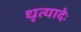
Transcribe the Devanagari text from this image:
धृत्यादेः